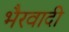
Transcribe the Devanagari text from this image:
भैरवादी